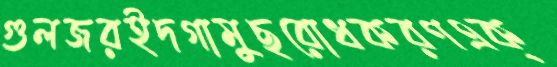
গুলজরইদগামুছরোধকরণএক্